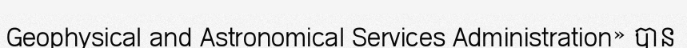
Geophysical and Astronomical Services Administration» បាន